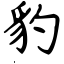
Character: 豹